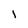
Character: l